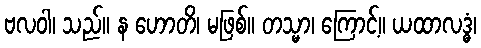
ဗလဝါ၊ သည်။ န ဟောတိ၊ မဖြစ်။ တသ္မာ၊ ကြောင့်။ ယထာလဒ္ဓံ၊